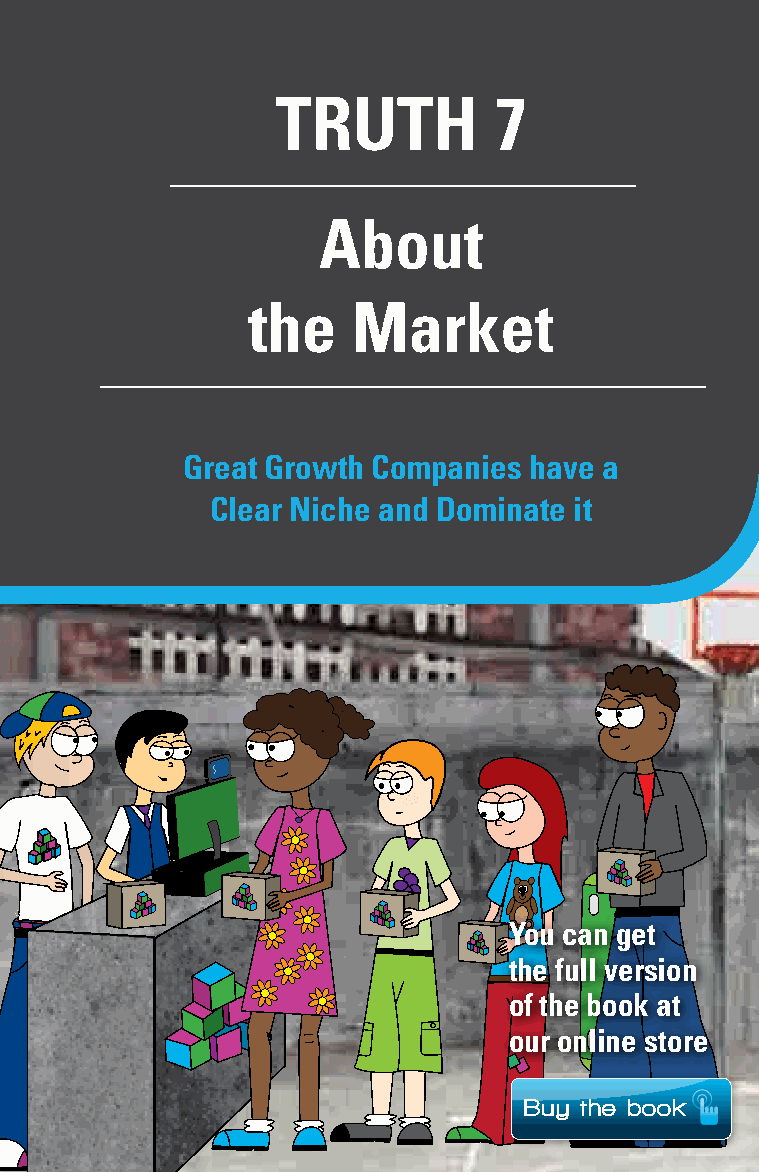
The Ten Truths for Building a Great Growth Company 79
 TRUTH          7
 About
 the    Market
 Great Growth Companies have a
 Clear Niche and Dominate it
 You can get
 the full version
 of the book at
 our online store
 Buy the book